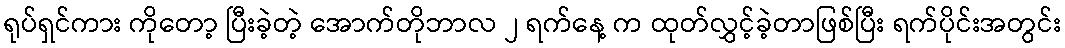
ရုပ်ရှင်ကား ကိုတော့ ပြီးခဲ့တဲ့ အောက်တိုဘာလ ၂ ရက်နေ့ က ထုတ်လွှင့်ခဲ့တာဖြစ်ပြီး ရက်ပိုင်းအတွင်း